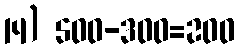
14) 500-300=200